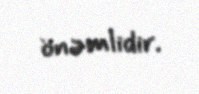
önəmlidir.